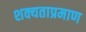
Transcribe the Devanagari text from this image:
शक्यताप्रमाण